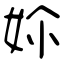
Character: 㚷